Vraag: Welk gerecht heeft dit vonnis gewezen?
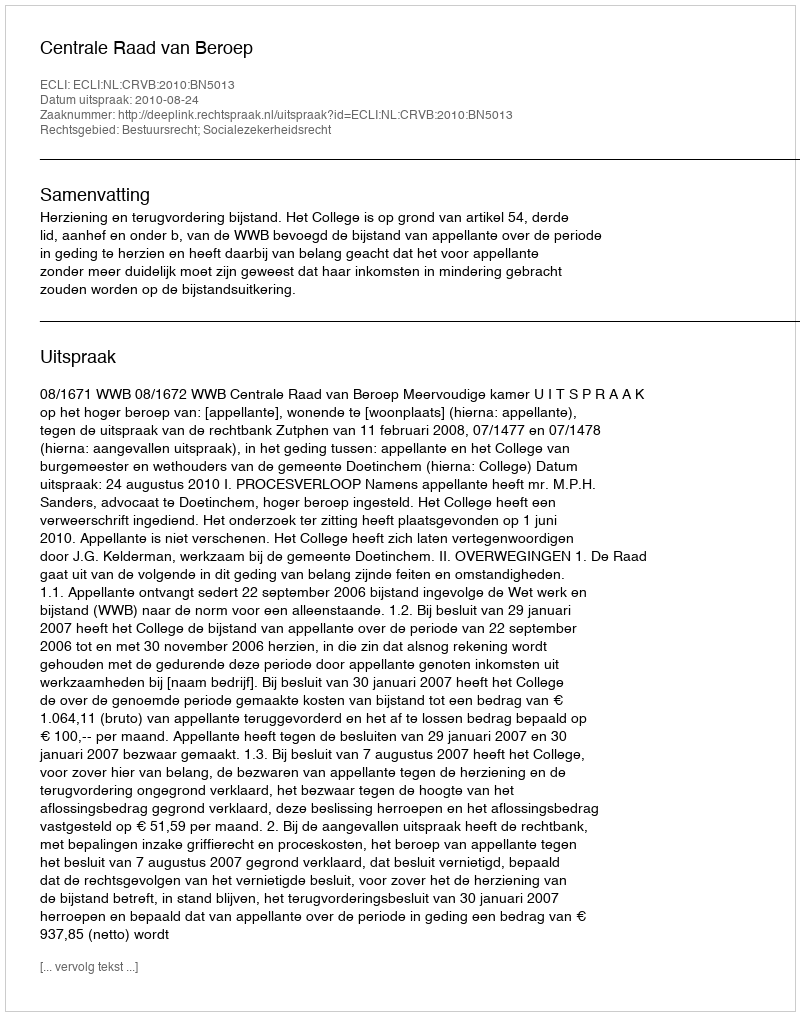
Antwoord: Centrale Raad van Beroep